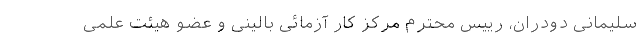
سلیمانی دودران، رییس محترم مرکز کار آزمائی بالینی و عضو هیئت علمی